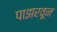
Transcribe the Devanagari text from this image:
पाझरवून